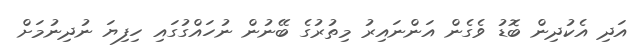
އަދި އެކުދިން ބޮޑު ވެގެން އަންނައިރު މިތުރުގެ ބޭނުން ނުހައްގުގައި ހިފިޔަ ނުދިނުމަށް